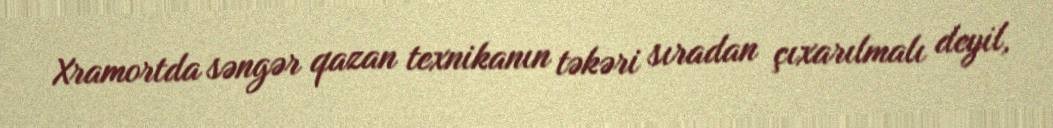
Xramortda səngər qazan texnikanın təkəri sıradan çıxarılmalı deyil,